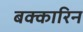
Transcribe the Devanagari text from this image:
बक्कारिन